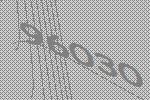
96030